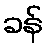
ခန်